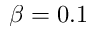
\beta = 0 . 1